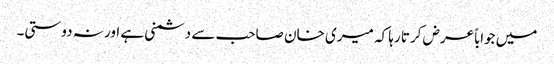
میں جواباً عرض کرتا رہا کہ میری خان صاحب سے دشمنی ہے اور نہ دوستی۔